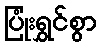
ပြုံးရွှင်စွာ